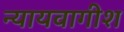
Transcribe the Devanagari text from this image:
न्यायवागीश